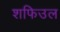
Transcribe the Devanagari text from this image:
शफिउल